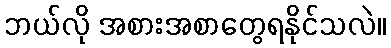
ဘယ်လို အစားအစာတွေရနိုင်သလဲ။